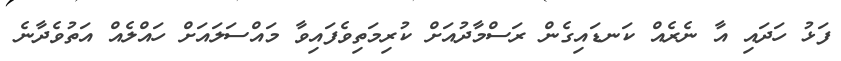
ފަޅު ހަދައި އާ ނެރެއް ކަނޑައިގެން ރަސްމާދުއަށް ކުރިމަތިވެފައިވާ މައްސަލައަށް ހައްލެއް އަތުވެދާނެ